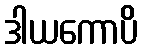
ဒါယကောပိ